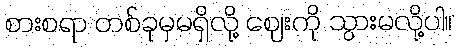
စားစရာ တစ်ခုမှမရှိလို့ ဈေးကို သွားမလို့ပါ။